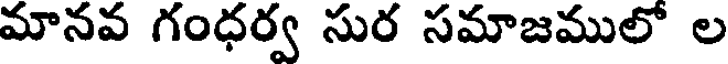
మానవ గంధర్వ సుర సమాజములో ల